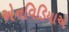
એનવિડિયાએ